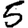
Digit: 5